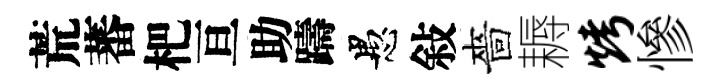
荒蕃杷亘助躊愚敍嗇耨烤慘